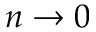
n \to 0